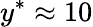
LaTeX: y^{*}\approx 10